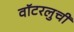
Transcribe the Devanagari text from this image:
वॉटरलुची